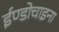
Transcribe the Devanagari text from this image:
ईण्डोचाइना